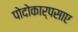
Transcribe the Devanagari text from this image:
पोदोकार्पसाए